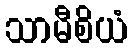
သာမီစိယံ